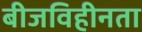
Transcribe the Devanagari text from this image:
बीजविहीनता